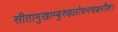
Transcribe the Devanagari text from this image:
सीतामुखाम्बुरुहलोचनचञ्चरीक।